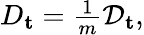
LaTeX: \begin{array}{r}{D_{\mathbf{t}}=\frac{1}{m}\mathcal{D}_{\mathbf{t}},}\end{array}